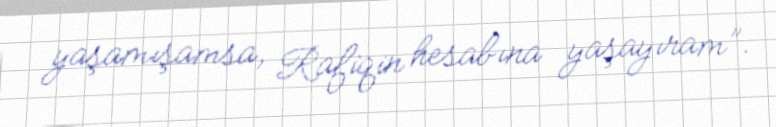
yaşamışamsa, Rafiqin hesabına yaşayıram”.